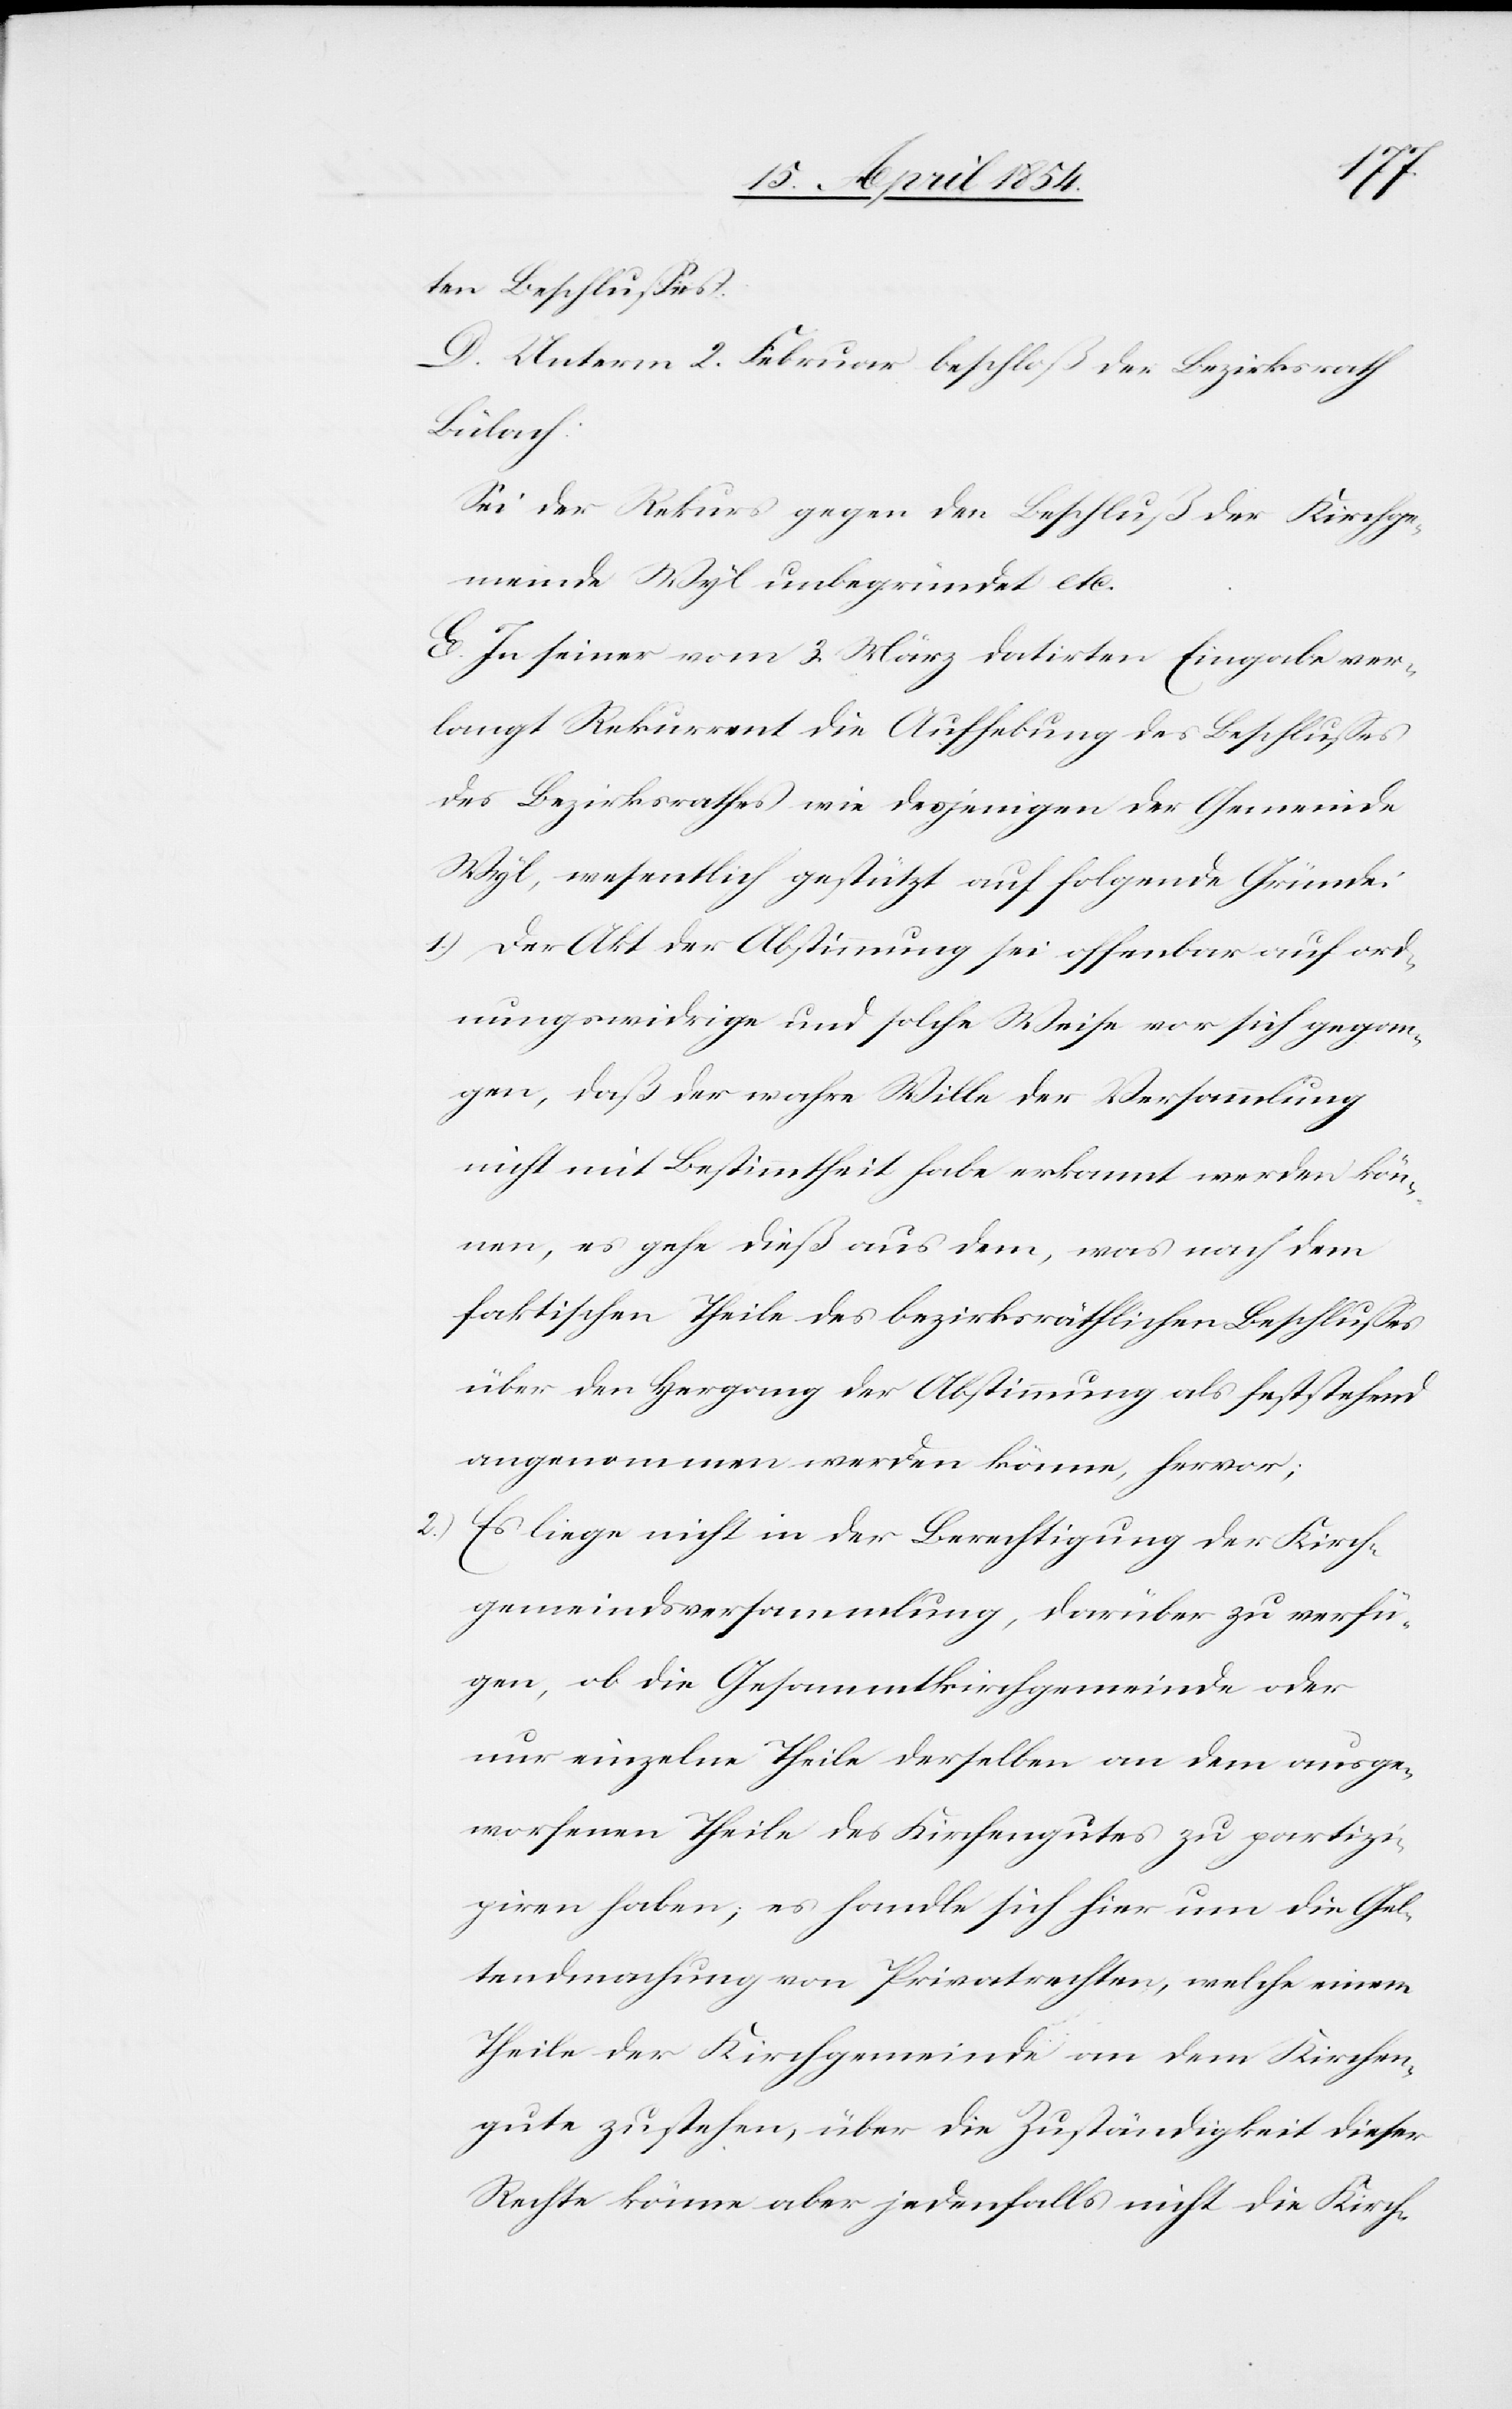
ten Beschlußes.
D. Unterm 2. Februar beschloß der Bezirksrath
partizi¬
Sei der Rekurs gegen den Beschluß der Kirchge¬
meinde Wyl unbegründet etc.
E. In seiner vom 3. März datirten Eingabe ver¬
langt Rekurrent die Aufhebung des Beschlußes
des Bezirksrathes wie desjenigen der Gemeinde
Wyl, wesentlich gestützt auf folgende Gründe:
1.) Der Akt der Abstimmung sei offenbar auf ord¬
nungswidrige und solche Weise vor sich gegan¬
gen, daß der wahre Wille der Versammlung
nicht mit Bestimmtheit habe erkannt werden kön¬
nen, es gehe dieß aus dem, was nach dem
faktischen Theile des bezirksräthlichen Beschlußes
über den Hergang der Abstimmung als feststehend
angenommen werden könne, hervor;
2.) Es liege nicht in der Berechtigung der Kirch¬
gemeindsversammlung, darüber zu verfü¬
gen, ob die Gesammtkirchgemeinde oder
piren haben; es handle sich hier um die Gel¬
tendmachung von Privatrechten, welche einem
Theile der Kirchgemeinde an dem Kirchen¬
gute zustehen, über die Zuständigkeit dieser
Rechte könne aber jedenfalls nicht die Kirch-